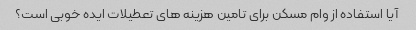
آیا استفاده از وام مسکن برای تامین هزینه های تعطیلات ایده خوبی است؟